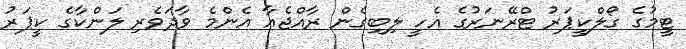
ޓީމުގެ ގޯލްކީޕަރު ޓްރޭނަރުގެ އެހީ ލިބިގެން ރާއްޖެއާ އެންމެ ވާދަވެރި ލަންކާގެ ކީޕަރު